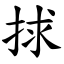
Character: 捄